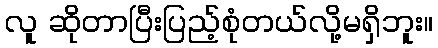
လူ ဆိုတာပြီးပြည့်စုံတယ်လို့မရှိဘူး။